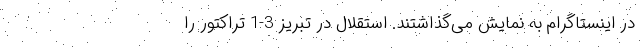
در اینستاگرام به نمایش می‌گذاشتند. استقلال در تبریز 3-1 تراکتور را